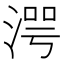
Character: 湂